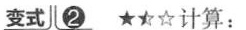
变式儿②★★☆计算：